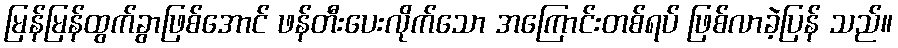
မြန်မြန်ထွက်ခွာဖြစ်အောင် ဖန်တီးပေးလိုက်သော အကြောင်းတစ်ရပ် ဖြစ်လာခဲ့ပြန် သည်။